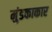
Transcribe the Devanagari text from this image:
मुंडकाकार